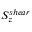
S _ { z } ^ { s h e a r }